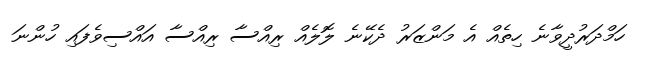
ހަމްދަރުދީވާނެ ހިތެއް އެ މަންޒަރު ދެކޭނެ ލޮލެއް ރިއްސާ ރިއްސާ އައްސިވެފައި ހުންނަ